Medical and sanitary report of the native army of Madras for the year
Year: 1878
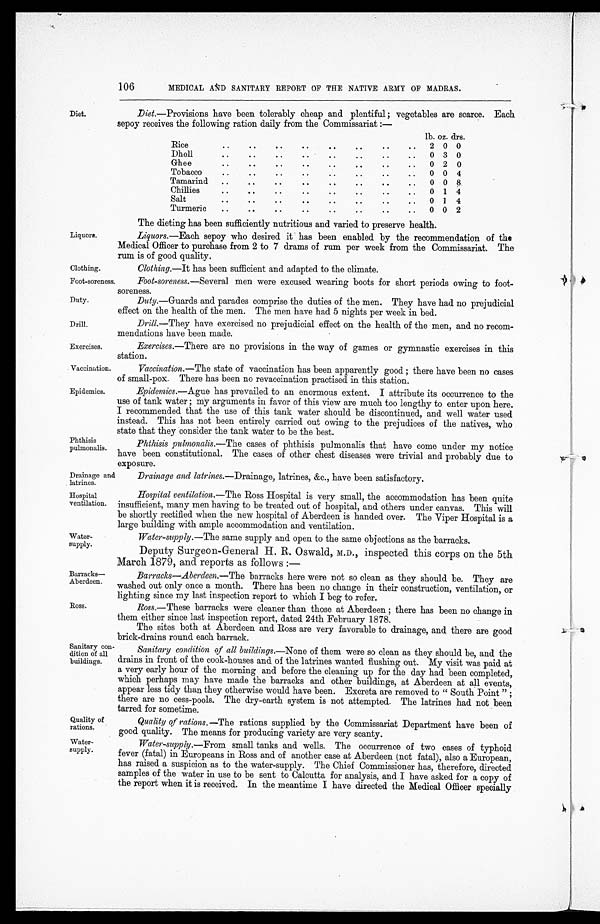
Liquors.
Clothing.
Foot-soreness.
Duty.
Drill.
Exercises.
Vaccination.
Epidemics.
Water-
supply.
Barracks—
Aberdeen.
Ross.
Sanitary con-
dition of all
buildings.
Quality of
rations.
Water-
supply.
Phthisis
pulmonalis.
Drainage and
latrines.
Hospital
ventilation.
Diet.
106
MEDICAL AND SANITARY REPORT OF THE NATIVE ARMY OF MADRAS.
Diet.— Provisions have been tolerably cheap and plentiful ; vegetables are scarce. Each
sepoy receives the following ration daily from the Commissariat :—
lb. oz. drs.
Rice
. .
..
..
. .
. .
..
. .
. .
2 0 0
Dholl
..
..
..
..
..
..
. .
.. 0 3 0
Ghee
..
..
..
. .
..
..
. .
.. 0 2 0
Tobacco
..
..
..
..
. .
..
..
.. 0 0 4
Tamarind ..
..
..
. .
. .
..
. .
. .
0 0 8
Chillies
..
. .
..
..
..
..
..
.. 0 1 4
Salt
. .
..
..
. .
. .
. .
..
.. 0 1 4
Turmeric ..
. .
..
..
. .
. .
. .
. .
0 0 2
The dieting has been sufficiently nutritious and varied to preserve health.
Liquors.—Each sepoy who desired it has been enabled by the recommendation of the
Medical Officer to purchase from 2 to 7 drams of rum per week from the Commissariat. The
rum is of good quality.
Clothing.—It has been sufficient and adapted to the climate.
Foot-soreness.—Several men were excused wearing boots for short periods owing to foot-
soreness.
Duty.—Guards and parades comprise the duties of the men. They have had no prejudicial
effect on the health of the men. The men have had 5 nights per week in bed.
Drill.—They have exercised no prejudicial effect on the health of the men, and no recom--
mendations have been made.
Exercises.—There are no provisions in the way of games or gymnastic exercises in this
station.
Vaccination.—The state of vaccination has been apparently good ; there have been no cases
of small-pox. There has been no revaccination practised in this station.
Epidemics.—Ague has prevailed to an enormous extent. I attribute its occurrence to the
use of tank water ; my arguments in favor of this view are much too lengthy to enter upon here.
I recommended that the use of this tank water should be discontinued, and well water used
instead. This has not been entirely carried out owing to the prejudices of the natives, who
state that they consider the tank water to be the best.
Phthisis pulmonalis.—The cases of phthisis pulmonalis that have come under my notice
have been constitutional. The cases of other chest diseases were trivial and probably due to
exposure.
Drainage and latrines.— Drainage, latrines, &c., have been satisfactory.
Hospital ventilation.—The Ross Hospital is very small, the accommodation has been quite
insufficient, many men having to be treated out of hospital, and others under canvas. This will
be shortly rectified when the new hospital of Aberdeen is handed over. The Viper Hospital is a
large building with ample accommodation and ventilation.
Water-supply.—The same supply and open to the same objections as the barracks.
Deputy Surgeon-General H. R. Oswald, M.D., inspected this corps on the 5th
March 1879, and reports as follows
:—
Barracks—Aberdeen.—The barracks here were not so clean as they should be. They are
washed out only once a month. There has been no change in their construction, ventilation, or
lighting since my last inspection report to which I beg to refer.
Ross.— These barracks were cleaner than those at Aberdeen ; there has been no change in
them either since last inspection report, dated 24th February 1878.
The sites both at Aberdeen and Ross are very favorable to drainage, and there are good
brick-drains round each barrack.
Sanitary condition of all buildings.— None of them were so clean as they should be, and the
drains in front of the cook-houses and of the latrines wanted flushing out. My visit was paid at
a very early hour of the morning and before the cleaning up for the day had been completed,
which perhaps may have made the barracks and other buildings, at Aberdeen at all events,
appear less tidy than they otherwise would have been. Excreta are removed to " South Point " ;
there are no cess-pools. The dry-earth system is not attempted. The latrines had not been
tarred for sometime.
Quality of rations. —The rations supplied by the Commissariat Department have been of
good quality. The means for producing variety are very scanty.
Water-supply.—From small tanks and wells. The occurrence of two cases of typhoid
fever (fatal) in Europeans in Ross and of another case at Aberdeen (not fatal), also a European,
has raised a suspicion as to the water-supply. The Chief Commissioner has, therefore, directed
samples of the water in use to be sent to Calcutta for analysis, and I have asked for a copy of
the report when it is received. In the meantime I have directed the Medical Officer specially